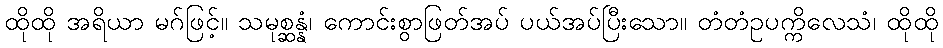
ထိုထို အရိယာ မဂ်ဖြင့်။ သမုစ္ဆန္နံ၊ ကောင်းစွာဖြတ်အပ် ပယ်အပ်ပြီးသော။ တံတံဥပက္ကိလေသံ၊ ထိုထို